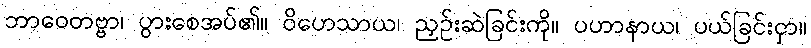
ဘာဝေတဗ္ဗာ၊ ပွားစေအပ်၏။ ဝိဟေသာယ၊ ညှဉ်းဆဲခြင်းကို။ ပဟာနာယ၊ ပယ်ခြင်းငှာ။